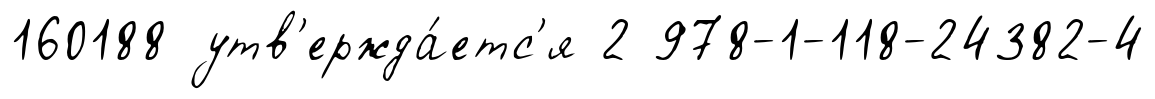
160188 утв'ержда́етс'я 2 978-1-118-24382-4